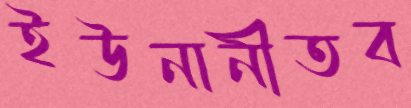
ইউনানীতব